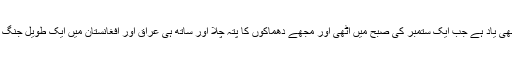
مجھے آج بھی یاد ہے جب ایک ستمبر کی صبح میں اُٹھی اور مجھے دھماکوں کا پتہ چلا اور ساتھ ہی عراق اور افغانستان میں ایک طویل جنگ کا آغاز ہوا۔